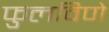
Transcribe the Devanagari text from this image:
फुलविणे